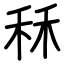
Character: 秝